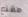
مقنع